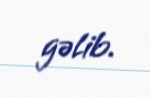
gəlib.